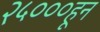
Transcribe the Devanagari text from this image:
२५०००हून